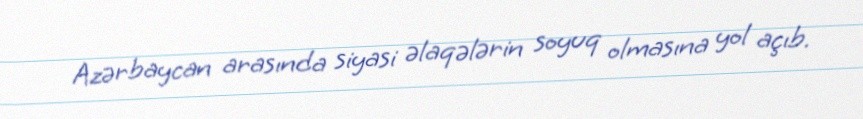
Azərbaycan arasında siyasi əlaqələrin soyuq olmasına yol açıb.